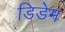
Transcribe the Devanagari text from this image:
डिडेम